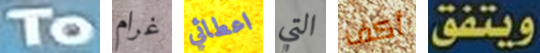
To غرام اعطائي التي أكف ويتفق